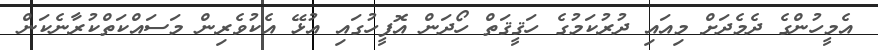
އެމީހުންގެ ދެމެދަށް މިއައި ދުރުކަމުގެ ހަޤީޤަތް ހޯދަން އޮފީހުގައި އުޅޭ އެކުވެރިން މަސައްކަތްކުރާނެކަން